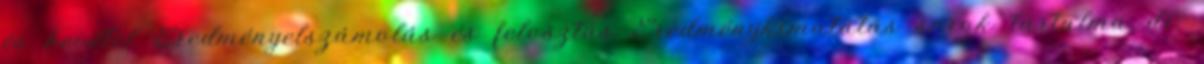
és bevétel Eredményelszámolás és felosztás Eredménykimutatás sorok tartalma dr.